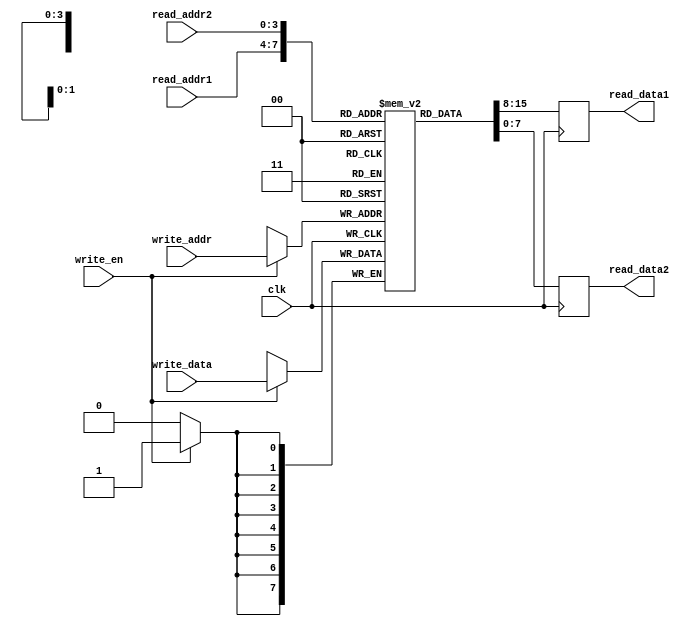
module dual_port_ram (
    input wire clk,
    input wire [7:0] write_data,
    input wire write_en,
    input wire [3:0] write_addr,
    output reg [7:0] read_data1,
    output reg [7:0] read_data2,
    input wire [3:0] read_addr1,
    input wire [3:0] read_addr2
);

reg [7:0] ram [15:0];

always @ (posedge clk) begin
    if (write_en) begin
        ram[write_addr] <= write_data;
    end
    read_data1 <= ram[read_addr1];
    read_data2 <= ram[read_addr2];
end

endmodule